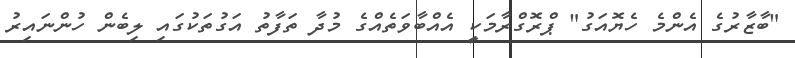
"ބާޒާރުގެ އެންމެ ހެޔޮއަގު" ޕްރޮގްރާމަކީ އެއްބާވަތެއްގެ މުދާ ތަފާތު އަގުތަކުގައި ލިބެން ހުންނައިރު